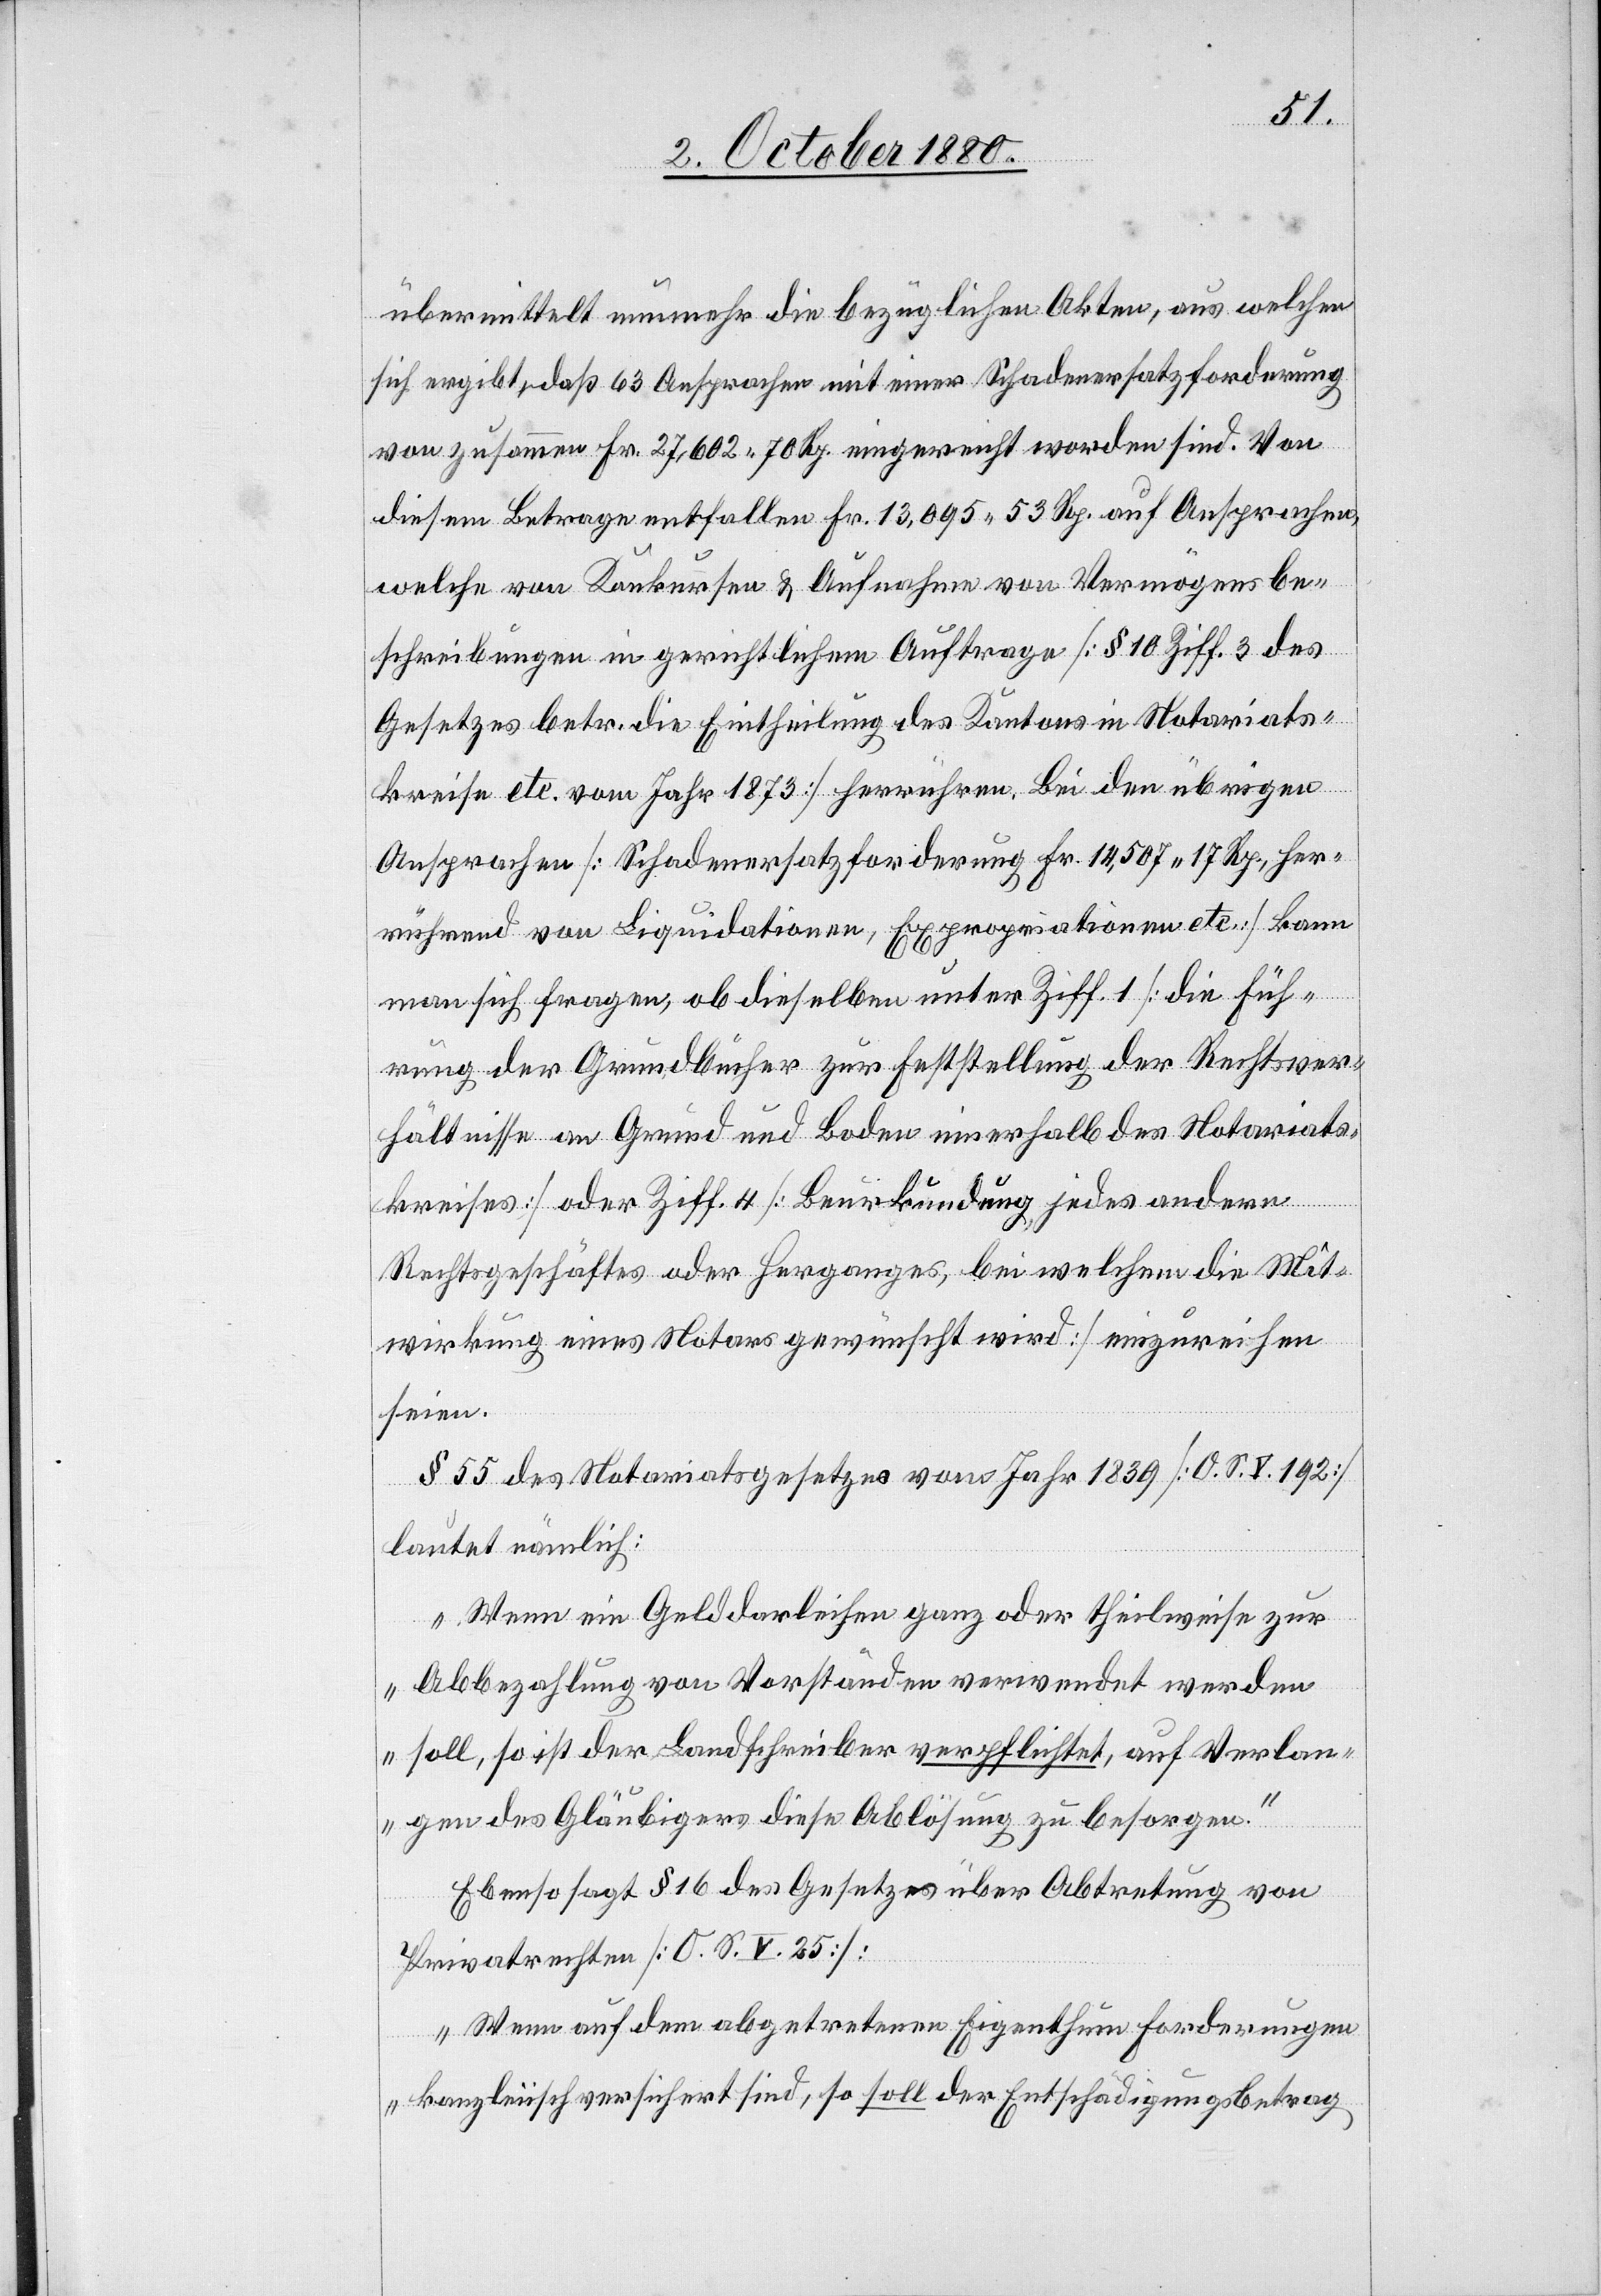
übermittelt nunmehr die bezüglichen Akten, aus welchen
sich ergibt, daß 63 Ansprachen mit einer Schadenersatzforderung
von zusammen Fr. 27,602 70 Rp. eingereicht worden sind. Von
diesem Betrage entfallen Fr. 13095 53 Rp. auf Ansprachen,
welche von Konkursen & Aufnahmen von Vermögensbe¬
schreibungen in gerichtlichem Auftrage [§ 10 Ziff. 3 des
Gesetzes betr. die Eintheilung des Kantons in Notariats¬
kreise etc. vom Jahr 1873] herrühren. Bei den übrigen
Ansprachen [Schadensersatzforderung Fr. 14,507 17 Rp., her¬
rührend von Liquidationen, Expropriationen etc.] kann
man sich fragen, ob dieselben unter Ziff. 1 [die Füh¬
rung der Grundbücher zur Feststellung der Rechtsver¬
hältnisse an Grund und Boden innerhalb des Notariats¬
kreises] oder Ziff. 4 [Beurkundung jedes andern
Rechtsgeschäftes oder Herganges, bei welchem die Mit¬
wirkung eines Notars gewünscht wird] einzureichen
seien.
§ 55 des Notariatsgesetzes vom Jahr 1839 [O. S. V 192]
lautet nämlich:
„Wenn ein Gelddarleihen ganz oder theilweise zur
Abbezahlung von Vorständen verwendet werden
soll, so ist der Landschreiber verpflichtet, auf Verlan¬
gen des Gläubigers diese Ablösung zu besorgen.“
Ebenso sagt § 16 des Gesetzes über Abtretung von
Privatrechten [O. S. V. 25]:
„Wenn auf dem abgetretenen Eigenthum Forderungen
kanzleiisch versichert sind, so soll der Entschädigungsbetrag